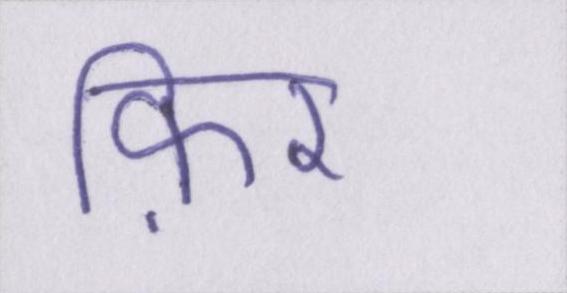
फ़िर